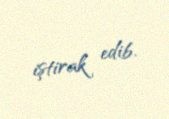
iştirak edib.